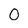
Character: 0